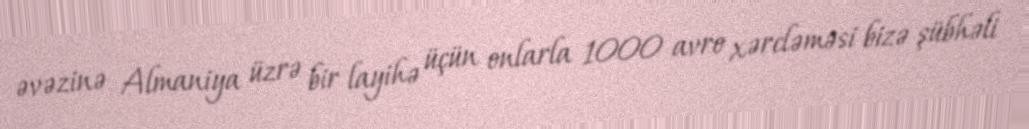
əvəzinə Almaniya üzrə bir layihə üçün onlarla 1000 avro xərcləməsi bizə şübhəli